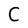
Character: C